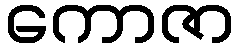
ကောဇာ